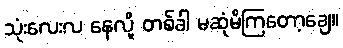
သုံးလေးလ နေလို့ တစ်ခါ မဆုံမိကြတော့ချေ။